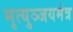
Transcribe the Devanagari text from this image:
मृत्युञ्जयमंत्र